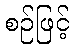
စဉ်ဖြင့်